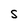
Character: S